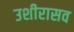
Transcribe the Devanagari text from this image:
उशीरासव